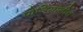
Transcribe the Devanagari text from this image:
पोलिसांनीच